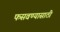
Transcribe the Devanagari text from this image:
फसवण्यासाठी